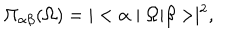
\Pi _ { \alpha \beta } ( \Omega ) = | < \alpha \mid \Omega | \beta > \mid ^ { 2 } ,